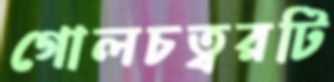
গোলচত্বরটি